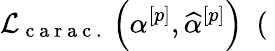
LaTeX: \mathcal{L}_{\mathrm{~c~a~r~a~c~.~}}\left(\alpha^{[p]},\widehat{\alpha}^{[p]}\right)\, \, \, (\